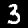
Digit: 3